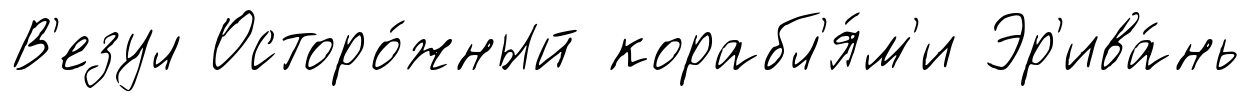
В'езул Осторо́жный корабл'я́м'и Эр'ива́нь